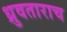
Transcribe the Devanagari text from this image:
ध्रुवताराच